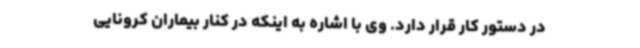
در دستور کار قرار دارد. وی با اشاره به اینکه در کنار بیماران کرونایی